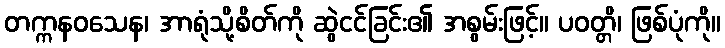
တက္ကနဝသေန၊ အာရုံသို့စိတ်ကို ဆွဲငင်ခြင်း၏ အစွမ်းဖြင့်။ ပဝတ္တိ၊ ဖြစ်ပုံကို။